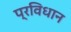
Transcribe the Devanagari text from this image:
प्रविधान